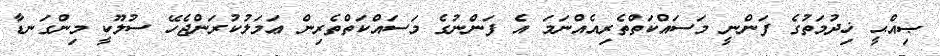
ޞިއްޙީ ޚިދުމަތުގެ ފަންނީ މަސައްކަތްތެރިއެއްނަމަ އެ ފަންނުގެ މަސައްކަތްތެރިން ޢަމަލުކުރަންޖެހޭ ސުލޫކީ މިންގަނޑާ